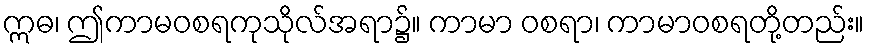
ဣဓ၊ ဤကာမဝစရကုသိုလ်အရာ၌။ ကာမာ ဝစရာ၊ ကာမာဝစရတို့တည်း။